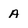
Character: a